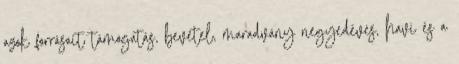
azok forrásait támogatás, bevétel, maradvány negyedéves, havi és a